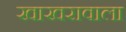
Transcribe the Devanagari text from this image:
खाखरावाला